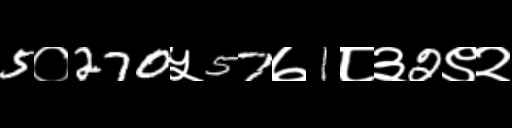
Text: 5०270५57७1८३2९२